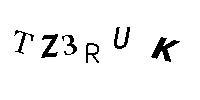
TZ3RUK